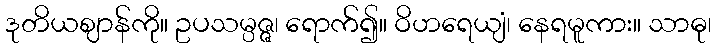
ဒုတိယဈာန်ကို။ ဥပသမ္ပဇ္ဇ၊ ရောက်၍။ ဝိဟရေယျံ၊ နေရမူကား။ သာဓု၊